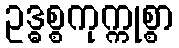
ဥဒ္ဓစ္စကုက္ကုစ္စာ